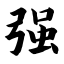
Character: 强